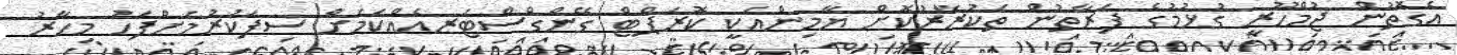
އެގޮތުން ޖުމްހޫރީ ގުޅުމުގެ ފަރާތުން ތަކުރާރުކޮށް ޔާމިންއަކީ ކޮރަޕްޓް ގޭންގްސްޓަރއެއްކަމަށް ސިފަކުރުމަށްފަހު މިހާރު